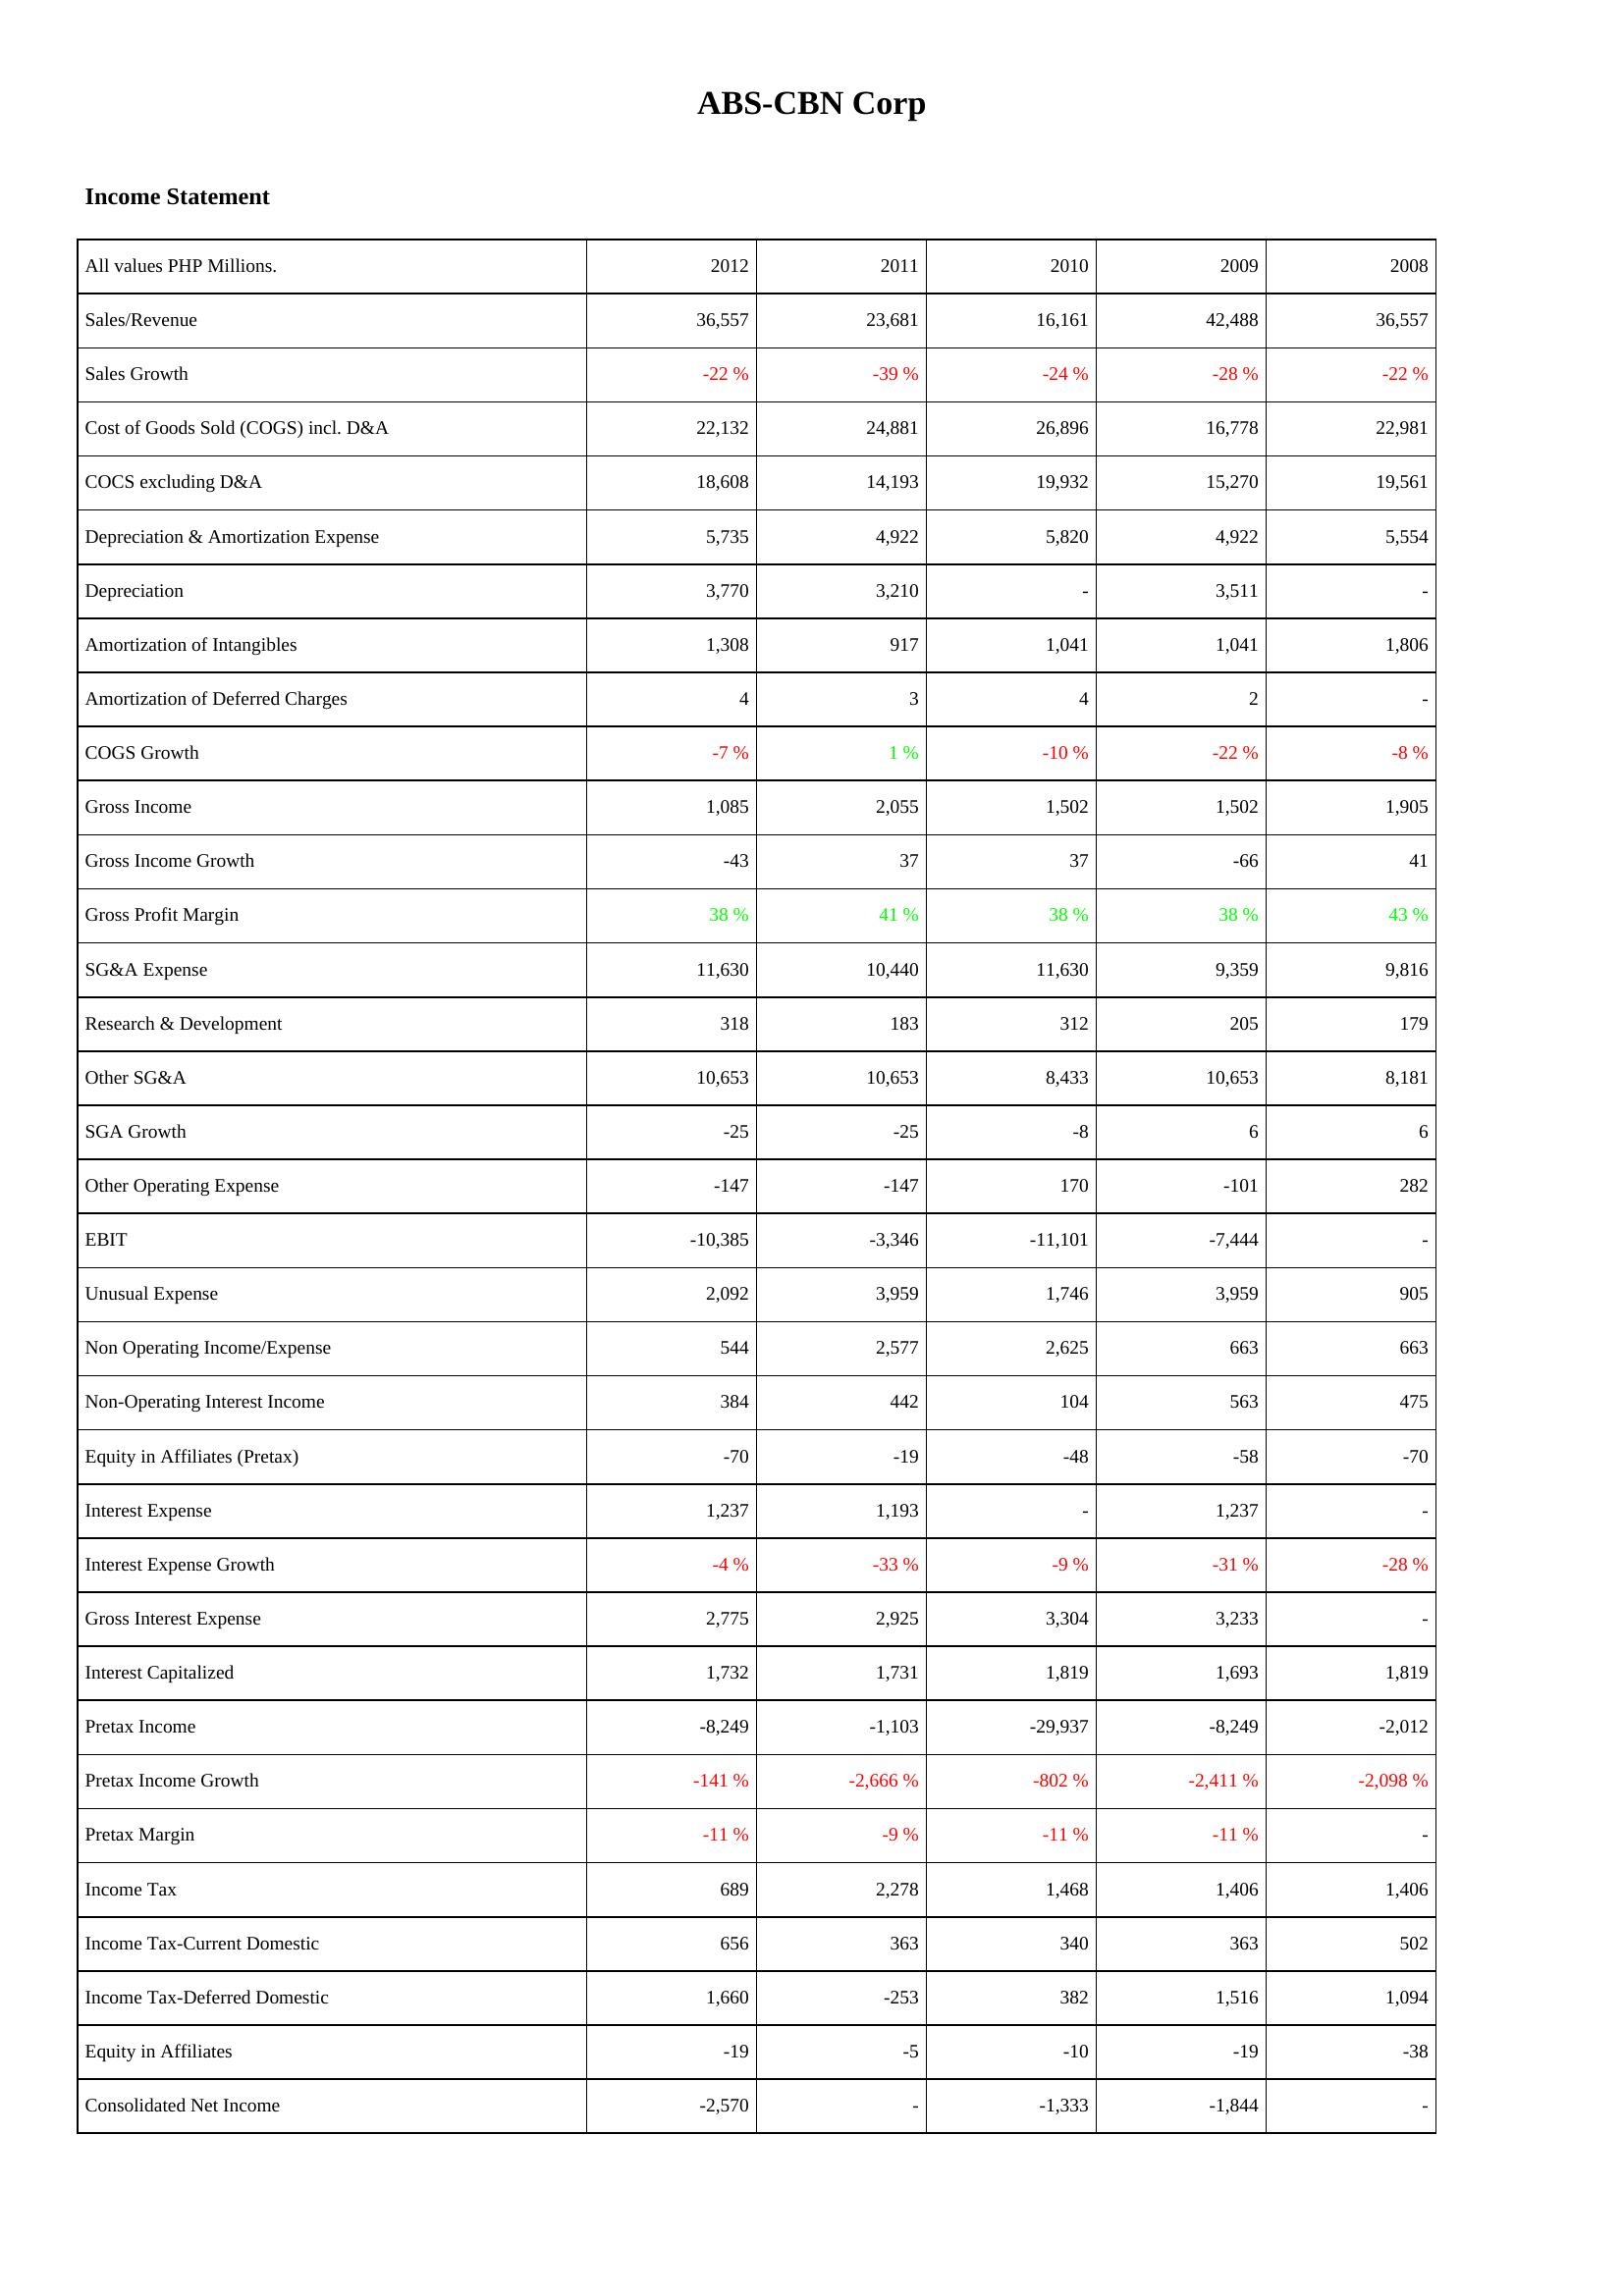
2012: Income Statement: Sales/Revenue: 36,557
Sales Growth: -22 %
Cost of Goods Sold (COGS) incl. D&A: 22,132
COCS excluding D&A: 18,608
Depreciation & Amortization Expense: 5,735
Depreciation: 3,770
Amortization of Intangibles: 1,308
Amortization of Deferred Charges: 4
COGS Growth: -7 %
Gross Income: 1,085
Gross Income Growth: -43
Gross Profit Margin: 38 %
SG&A Expense: 11,630
Research & Development: 318
Other SG&A: 10,653
SGA Growth: -25
Other Operating Expense: -147
EBIT: -10,385
Unusual Expense: 2,092
Non Operating Income/Expense: 544
Non-Operating Interest Income: 384
Equity in Affiliates (Pretax): -70
Interest Expense: 1,237
Interest Expense Growth: -4 %
Gross Interest Expense: 2,775
Interest Capitalized: 1,732
Pretax Income: -8,249
Pretax Income Growth: -141 %
Pretax Margin: -11 %
Income Tax: 689
Income Tax-Current Domestic: 656
Income Tax-Deferred Domestic: 1,660
Equity in Affiliates: -19
Consolidated Net Income: -2,570
2011: Income Statement: Sales/Revenue: 23,681
Sales Growth: -39 %
Cost of Goods Sold (COGS) incl. D&A: 24,881
COCS excluding D&A: 14,193
Depreciation & Amortization Expense: 4,922
Depreciation: 3,210
Amortization of Intangibles: 917
Amortization of Deferred Charges: 3
COGS Growth: 1 %
Gross Income: 2,055
Gross Income Growth: 37
Gross Profit Margin: 41 %
SG&A Expense: 10,440
Research & Development: 183
Other SG&A: 10,653
SGA Growth: -25
Other Operating Expense: -147
EBIT: -3,346
Unusual Expense: 3,959
Non Operating Income/Expense: 2,577
Non-Operating Interest Income: 442
Equity in Affiliates (Pretax): -19
Interest Expense: 1,193
Interest Expense Growth: -33 %
Gross Interest Expense: 2,925
Interest Capitalized: 1,731
Pretax Income: -1,103
Pretax Income Growth: -2,666 %
Pretax Margin: -9 %
Income Tax: 2,278
Income Tax-Current Domestic: 363
Income Tax-Deferred Domestic: -253
Equity in Affiliates: -5
Consolidated Net Income: -
2010: Income Statement: Sales/Revenue: 16,161
Sales Growth: -24 %
Cost of Goods Sold (COGS) incl. D&A: 26,896
COCS excluding D&A: 19,932
Depreciation & Amortization Expense: 5,820
Depreciation: -
Amortization of Intangibles: 1,041
Amortization of Deferred Charges: 4
COGS Growth: -10 %
Gross Income: 1,502
Gross Income Growth: 37
Gross Profit Margin: 38 %
SG&A Expense: 11,630
Research & Development: 312
Other SG&A: 8,433
SGA Growth: -8
Other Operating Expense: 170
EBIT: -11,101
Unusual Expense: 1,746
Non Operating Income/Expense: 2,625
Non-Operating Interest Income: 104
Equity in Affiliates (Pretax): -48
Interest Expense: -
Interest Expense Growth: -9 %
Gross Interest Expense: 3,304
Interest Capitalized: 1,819
Pretax Income: -29,937
Pretax Income Growth: -802 %
Pretax Margin: -11 %
Income Tax: 1,468
Income Tax-Current Domestic: 340
Income Tax-Deferred Domestic: 382
Equity in Affiliates: -10
Consolidated Net Income: -1,333
2009: Income Statement: Sales/Revenue: 42,488
Sales Growth: -28 %
Cost of Goods Sold (COGS) incl. D&A: 16,778
COCS excluding D&A: 15,270
Depreciation & Amortization Expense: 4,922
Depreciation: 3,511
Amortization of Intangibles: 1,041
Amortization of Deferred Charges: 2
COGS Growth: -22 %
Gross Income: 1,502
Gross Income Growth: -66
Gross Profit Margin: 38 %
SG&A Expense: 9,359
Research & Development: 205
Other SG&A: 10,653
SGA Growth: 6
Other Operating Expense: -101
EBIT: -7,444
Unusual Expense: 3,959
Non Operating Income/Expense: 663
Non-Operating Interest Income: 563
Equity in Affiliates (Pretax): -58
Interest Expense: 1,237
Interest Expense Growth: -31 %
Gross Interest Expense: 3,233
Interest Capitalized: 1,693
Pretax Income: -8,249
Pretax Income Growth: -2,411 %
Pretax Margin: -11 %
Income Tax: 1,406
Income Tax-Current Domestic: 363
Income Tax-Deferred Domestic: 1,516
Equity in Affiliates: -19
Consolidated Net Income: -1,844
2008: Income Statement: Sales/Revenue: 36,557
Sales Growth: -22 %
Cost of Goods Sold (COGS) incl. D&A: 22,981
COCS excluding D&A: 19,561
Depreciation & Amortization Expense: 5,554
Depreciation: -
Amortization of Intangibles: 1,806
Amortization of Deferred Charges: -
COGS Growth: -8 %
Gross Income: 1,905
Gross Income Growth: 41
Gross Profit Margin: 43 %
SG&A Expense: 9,816
Research & Development: 179
Other SG&A: 8,181
SGA Growth: 6
Other Operating Expense: 282
EBIT: -
Unusual Expense: 905
Non Operating Income/Expense: 663
Non-Operating Interest Income: 475
Equity in Affiliates (Pretax): -70
Interest Expense: -
Interest Expense Growth: -28 %
Gross Interest Expense: -
Interest Capitalized: 1,819
Pretax Income: -2,012
Pretax Income Growth: -2,098 %
Pretax Margin: -
Income Tax: 1,406
Income Tax-Current Domestic: 502
Income Tax-Deferred Domestic: 1,094
Equity in Affiliates: -38
Consolidated Net Income: -